Indian journal of veterinary science and animal husbandry - Volume 11,
Year: 1941
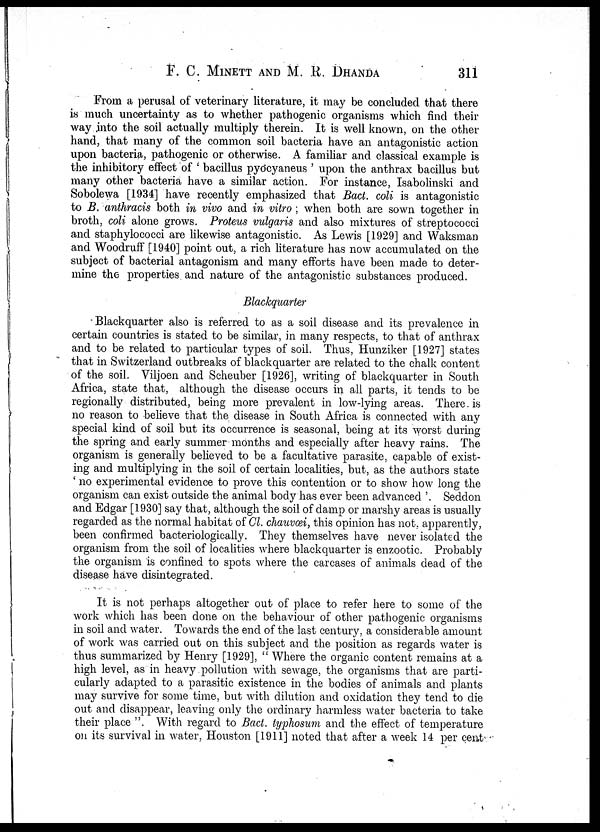
F. C. MINETT AND M. R. DHANDA 311
From a perusal of veterinary literature, it may be concluded that there
is much uncertainty as to whether pathogenic organisms which find their
way into the soil actually multiply therein. It is well known, on the other
hand, that many of the common soil bacteria have an antagonistic action
upon bacteria, pathogenic or otherwise. A familiar and classical example is
the inhibitory effect of ' bacillus pyocyaneus ' upon the anthrax bacillus but
many other bacteria have a similar action. For instance, Isabolinski and
Sobolewa [1934] have recently emphasized that Bact. coli is antagonistic
to B. anthracis both in vivo and in vitro ; when both are sown together in
broth, coli alone grows. Proteus vulgaris and also mixtures of streptococci
and staphylococci are likewise antagonistic. As Lewis [1929] and Waksman
and Woodruff [1940] point out, a rich literature has now accumulated on the
subject of bacterial antagonism and many efforts have been made to deter-
mine the properties and nature of the antagonistic substances produced.
Blackquarter
Blackquarter also is referred to as a soil disease and its prevalence in
certain countries is stated to be similar, in many respects, to that of anthrax
and to be related to particular types of soil. Thus, Hunziker [1927] states
that in Switzerland outbreaks of blackquarter are related to the chalk content
of the soil. Viljoen and Scheuber [1926], writing of blackquarter in South
Africa, state that, although the disease occurs in all parts, it tends to be
regionally distributed, being more prevalent in low-lying areas. There is
no reason to believe that the disease in South Africa is connected with any
special kind of soil but its occurrence is seasonal, being at its worst during
the spring and early summer months and especially after heavy rains. The
organism is generally believed to be a facultative parasite, capable of exist-
ing and multiplying in the soil of certain localities, but, as the authors state
' no experimental evidence to prove this contention or to show how long the
organism can exist outside the animal body has ever been advanced ' Seddon
and Edgar [1930] say that, although the soil of damp or marshy areas is usually
regarded as the normal habitat of Cl. chauvœi, this opinion has not, apparently,
been confirmed bacteriologically. They themselves have never isolated the
organism from the soil of localities where blackquarter is enzootic. Probably
the organism is confined to spots where the carcases of animals dead of the
disease have disintegrated.
It is not perhaps altogether out of place to refer here to some of the
work which has been done on the behaviour of other pathogenic organisms
in soil and water. Towards the end of the last century, a considerable amount
of work was carried out on this subject and the position as regards water is
thus summarized by Henry [1929], " Where the organic content remains at a
high level, as in heavy pollution with sewage, the organisms that are parti-
cularly adapted to a parasitic existence in the bodies of animals and plants
may survive for some time, but with dilution and oxidation they tend to die
out and disappear, leaving only the ordinary harmless water bacteria to take
their place ". With regard to Bact. typhosum and the effect of temperature
on its survival in water, Houston [1911] noted that after a week 14 per cent